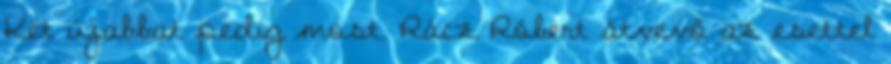
Két újabbat pedig most. Rácz Róbert átvevő az esettel